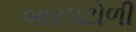
બારપટોળી